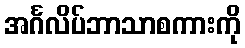
အင်္ဂလိပ်ဘာသာစကားကို